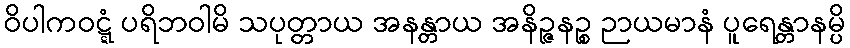
ဝိပါကဝဋ္ဋံ ပရိဘဝါမိ သပုတ္တာယ အနန္တာယ အနိဉ္ဇနဉ္စ ဉာယမာနံ ပူရေန္တာနမ္ပိ